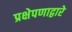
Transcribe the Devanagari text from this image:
प्रक्षेपणाद्वारे